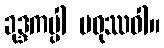
ခုဒ္ဒကပ္ပါ မဓုဿဝါ။